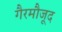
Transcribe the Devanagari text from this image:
गैरमौजूद